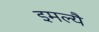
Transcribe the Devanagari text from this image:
इमल्यै